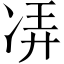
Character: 𫥌